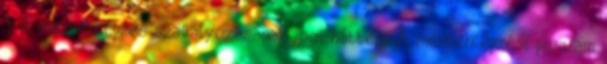
1. A mesterképzés szabályozásának jogi háttere A mesterképzési program